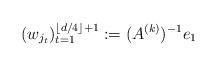
LaTeX: \begin{align*}(w_{j_t})_{t=1}^{\lfloor d/4 \rfloor +1} := (A^{(k)})^{-1}e_1\end{align*}